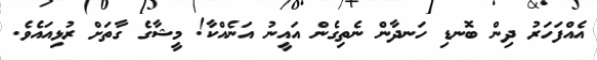
އެއްފަހަރު ދިން ބޮނޑި ހަނދާން ނެތިގެން އައީނު އަނެއްކާ! މީޝާގެ ގާތަށް ރުޅިއައެވެ.